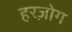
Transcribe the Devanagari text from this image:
हरज़ोग